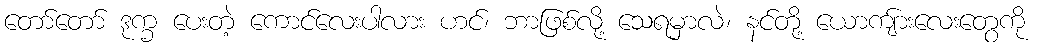
တော်တော် ဒုက္ခ ပေးတဲ့ ကောင်လေးပါလား ဟင်၊ ဘာဖြစ်လို့ သေရမှာလဲ၊ နင်တို့ ယောကျ်ားလေးတွေကို